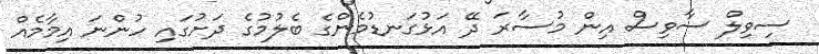
ސިވިލް ސާވިސް އިން މުސާރަ ދޭ އަޅުގަނޑުމެންގެ ބެލުމުގެ ދަށުގައި ހުންނަ އިމާމެއް